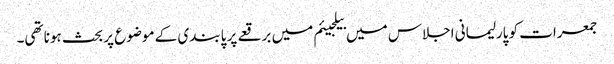
جمعرات کو پارلیمانی اجلاس میں بیلجیئم میں برقعے پر پابندی کے موضوع پر بحث ہونا تھی۔